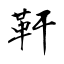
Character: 靬